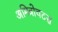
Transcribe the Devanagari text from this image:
अमित्रोचटस